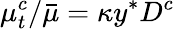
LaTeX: \mu_{t}^{c}/\bar{\mu}=\kappa y^{*}D^{c}